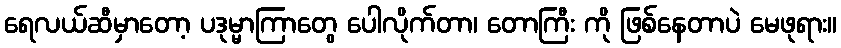
ရေလယ်ဆီမှာတော့ ပဒုမ္မာကြာတွေ ပေါလိုက်တာ၊ တောကြီး ကို ဖြစ်နေတာပဲ မေဖုရား။